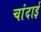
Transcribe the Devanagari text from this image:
चांदाई